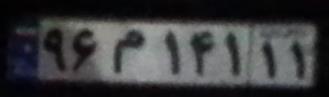
۹۶م۱۴۱۱۱